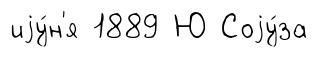
иjу́н'я 1889 Ю Соjу́за